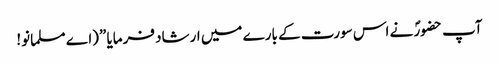
آپ حضورؐ نے اس سورت کے بارے میں ارشاد فرمایا ”(اے مسلمانو!